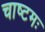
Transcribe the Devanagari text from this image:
चाष्टमः